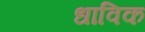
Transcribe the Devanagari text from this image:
धाविक